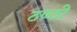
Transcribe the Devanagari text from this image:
ठण्ठी